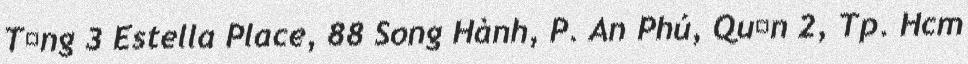
Tầng 3 Estella Place, 88 Song Hành, P. An Phú, Quận 2, Tp. Hcm